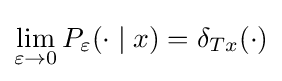
\lim _{\varepsilon \rightarrow 0}P_{\varepsilon }(\cdot \mid x)=\delta _{Tx}(\cdot )